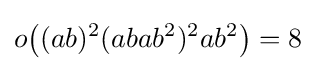
o{\bigl (}(ab)^{2}(abab^{2})^{2}ab^{2}{\bigr )}=8